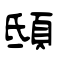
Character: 𩑾